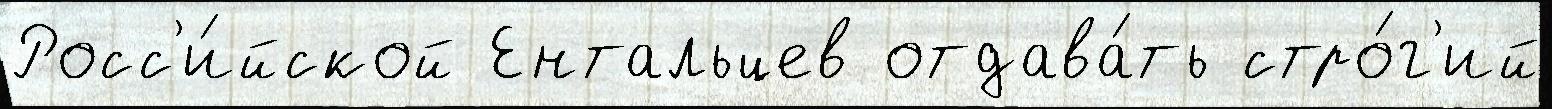
Росс'и́йской Ентальцев отдава́ть стро́г'ий